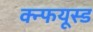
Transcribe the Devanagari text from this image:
क्न्फयूस्ड